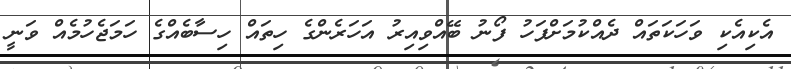
އެކިއެކި ވަހަކަތައް ދެއްކުމަށްފަހު ފޯނު ބޭއްވިއިރު އަހަރެންގެ ހިތައް ހިސާބެއްގެ ހަމަޖެހުމެއް ވަނީ